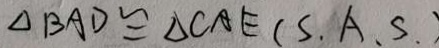
\Delta B A D \cong \Delta C A E ( S . A . S . )